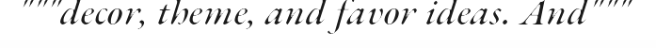
"""decor, theme, and favor ideas. And"""